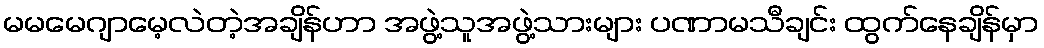
မမမေဂျာမေ့လဲတဲ့အချိန်ဟာ အဖွဲ့သူအဖွဲ့သားများ ပဏာမသီချင်း ထွက်နေချိန်မှာ